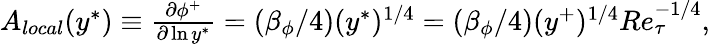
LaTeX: \begin{array}{r}{A_{local}(y^{\ast})\equiv\frac{\partial\phi^{+}}{\partial\ln y^{\ast}}=(\beta_{\phi}/4)(y^{\ast})^{1/4}=(\beta_{\phi}/4)(y^{+})^{1/4}Re_{\tau}^{-1/4},}\end{array}